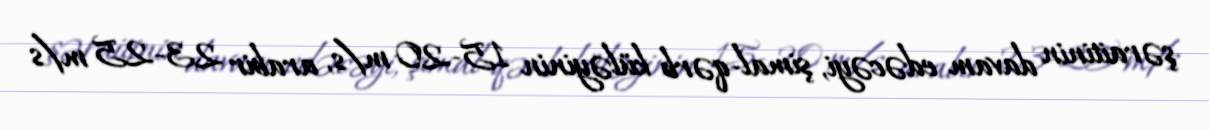
şəraitinin davam edəcəyi, şimal-qərb küləyinin 15-20 m/s, arabir 23-25 m/s